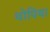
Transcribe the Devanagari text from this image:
थोपिया